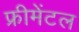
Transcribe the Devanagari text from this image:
फ्रीमेंटल